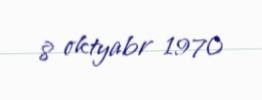
8 oktyabr 1970